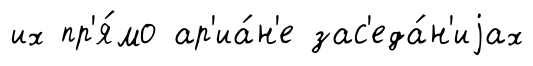
их пр'я́мо ар'иа́н'е зас'еда́н'иjах